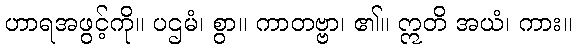
ဟာရအဖွင့်ကို။ ပဌမံ၊ စွာ။ ကာတဗ္ဗာ၊ ၏။ ဣတိ အယံ၊ ကား။